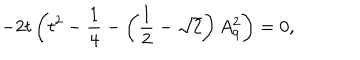
- 2 t \left( t ^ { 2 } - \frac { 1 } { 4 } - \left( \frac { 1 } { 2 } - \sqrt { 2 } \right) A _ { 9 } ^ { 2 } \right) = 0 ,